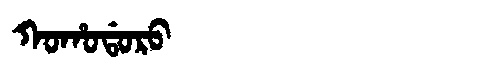
Manchu: ᡴᠣᡥᠣᡩᠣᡵᠣ
Romanization: KOHODORO